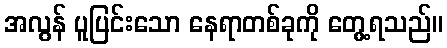
အလွန် ပူပြင်းသော နေရာတစ်ခုကို တွေ့ရသည်။